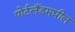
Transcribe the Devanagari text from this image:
पोर्टलँडमधील